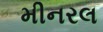
મીનરલ